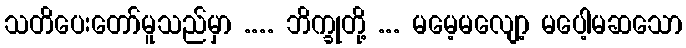
သတိပေးတော်မူသည်မှာ .... ဘိက္ခုတို့ ... မမေ့မလျော့ မပေါ့မဆသော